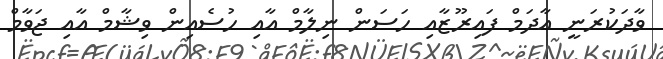
ވާދަކުރަނީ އާދަމް ފައިރޫޒާއި ހަސަން ނިލާމް އާއި ހުސެއިން ވިޝާމް އާއި ޖަވާމް